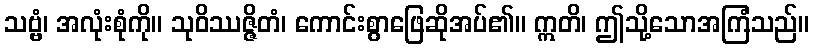
သဗ္ဗံ၊ အလုံးစုံကို။ သုဝိဿဇ္ဇိတံ၊ ကောင်းစွာဖြေဆိုအပ်၏။ ဣတိ၊ ဤသို့သောအကြံသည်။